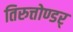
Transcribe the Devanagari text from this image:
तिरुत्तोण्डर्